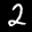
Label: 2